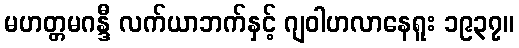
မဟတ္တမဂန္ဒီ လက်ယာဘက်နှင့် ဂျဝါဟလာနေရူး ၁၉၃၇။